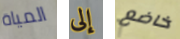
المياة إلى خاضع